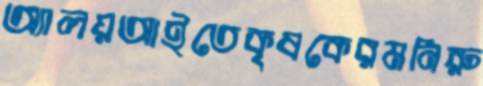
অ্যালয়আইতেকৃষকেরমনিরু